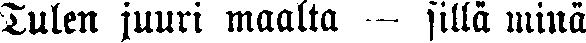
Tulen juuri maalta — sillä minä